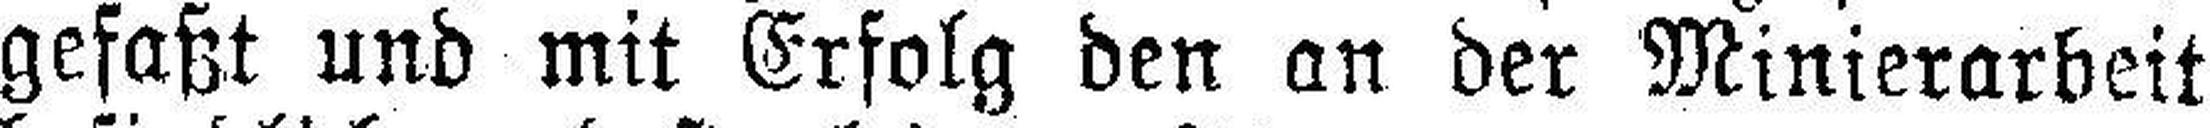
gefaßt und mit Erfolg den an der Minierarbeit